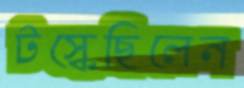
টস্‌কেছিলেন